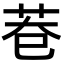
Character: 𮎨